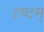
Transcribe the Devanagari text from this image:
दृष्टम्